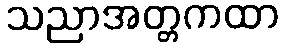
သညာအတ္တကထာ